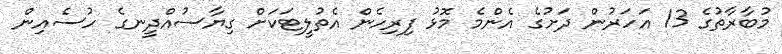
މުބާރާތުގެ 13 އަހަރުން ދަށުގެ އެންމެ މޮޅު ފިރިހެން އެތުލީޓަކަށް ގިޔާސުއްދީނގެ ހުސެއިން